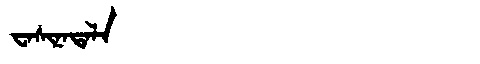
Manchu: ᠸᠠᠰᡳᠨᠠᡨᠠᠯᠠ
Romanization: WASINATALA